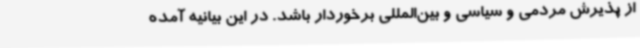
از پذیرش مردمی و سیاسی و بین‌المللی برخوردار باشد. در این بیانیه آمده